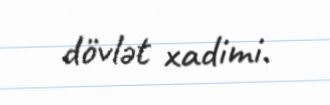
dövlət xadimi.